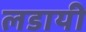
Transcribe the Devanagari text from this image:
लडायी